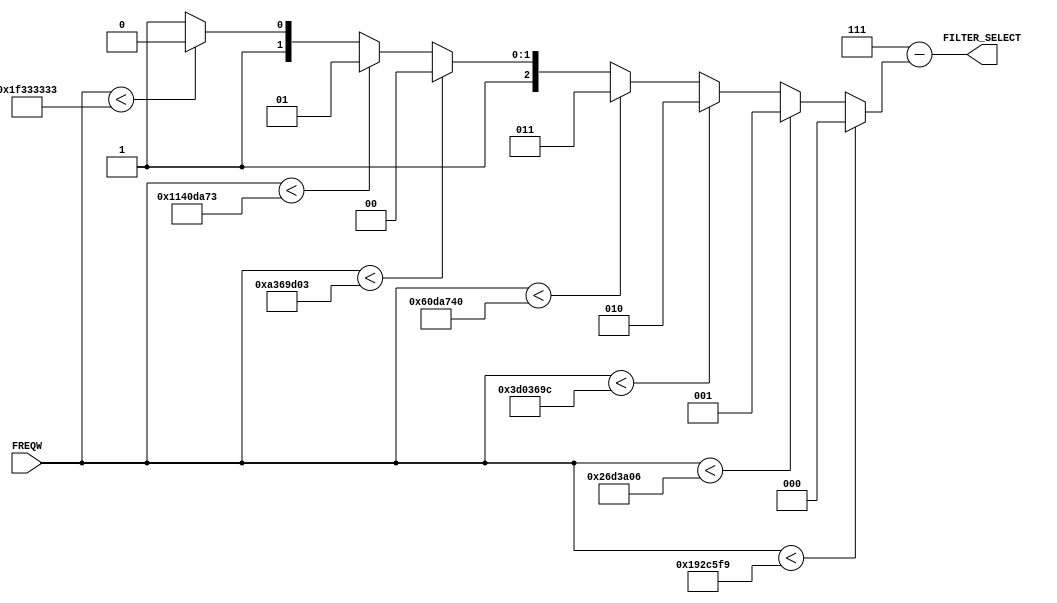

module Filter_Selector(    
    input   wire     [31:0]    FREQW,
    output  wire     [ 2:0]    FILTER_SELECT
);
    reg [2:0] FILTER_ID = 0;
    assign FILTER_SELECT = 7-FILTER_ID;
	
    localparam   RFfre0 = 32'd26396153;
    localparam   RFfre1 = 32'd40712710;
    localparam   RFfre2 = 32'd63977116;
    localparam   RFfre3 = 32'd101558080;
    localparam   RFfre4 = 32'd171351299;
    localparam   RFfre5 = 32'd289462899;
    localparam   RFfre6 = 32'd523449139;


    always @(*) begin // 1MHZ : 8947848.53(FREQW)
        if(FREQW < RFfre0)     // [0 - 3]
            FILTER_ID <= 0;
        else if(FREQW < RFfre1)// [2.9 - 4.6]
            FILTER_ID <= 1;
        else if(FREQW < RFfre2)// [4.5 - 7.2]
            FILTER_ID <= 2;
        else if(FREQW < RFfre3)// [7.1 - 11.4]
            FILTER_ID <= 3;
        else if(FREQW < RFfre4)// [11.3 - 19.2]
            FILTER_ID <= 4;
        else if(FREQW < RFfre5)// [19.1 - 32.4]
            FILTER_ID <= 5;
        else if(FREQW < RFfre6)// [32.3 - 58.1]
            FILTER_ID <= 6;
        else                   // [58 - 100]
            FILTER_ID <= 7;
    end
 
endmodule